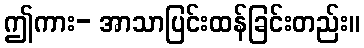
ဤကား- အာသာပြင်းထန်ခြင်းတည်း။